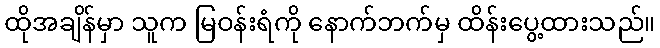
ထိုအချိန်မှာ သူက မြဝန်းရံကို နောက်ဘက်မှ ထိန်းပွေ့ထားသည်။